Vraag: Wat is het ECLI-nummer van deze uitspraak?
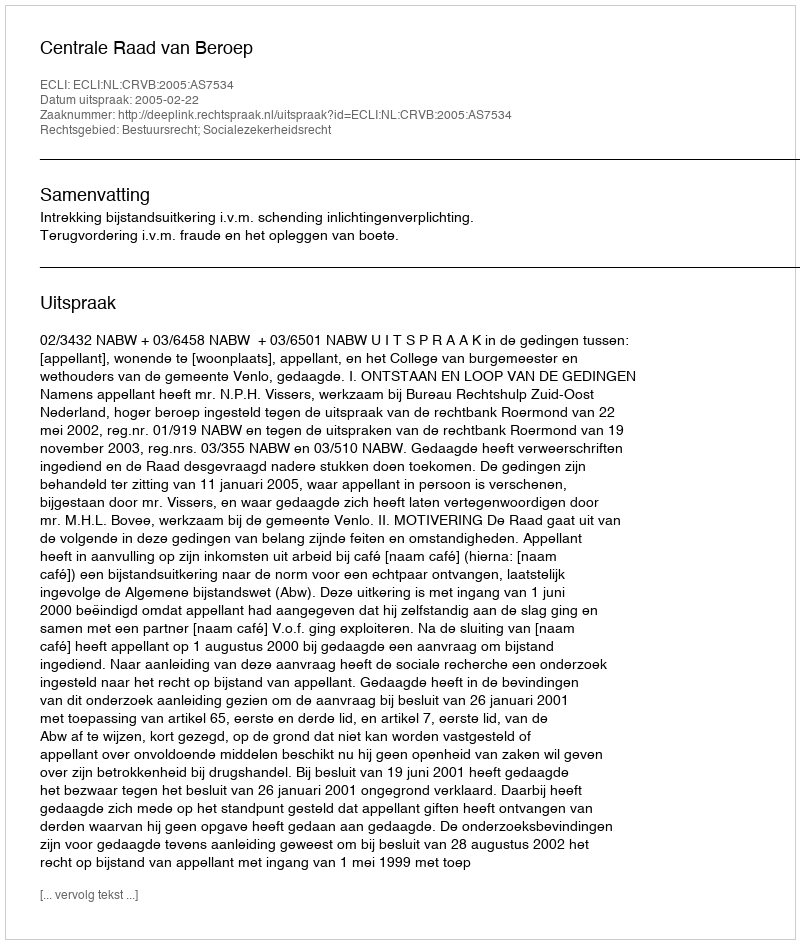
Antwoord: ECLI:NL:CRVB:2005:AS7534